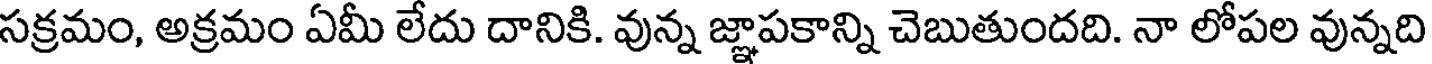
సక్రమం, అక్రమం ఏమీ లేదు దానికి. వున్న జ్ఞాపకాన్ని చెబుతుందది. నా లోపల వున్నది